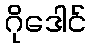
ဂိုဒေါင်